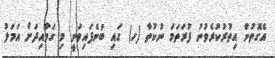
އެގޮތުން އިތުރުކުރެވުނު ފުރަތަމަ ނުކުތާ (ހ) ގައި ބުނެފައިވަނީ މި ގަވާއިދަށް އަމަލު